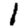
Digit: 1